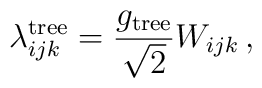
\lambda_{ijk}^{\rm tree}=\frac{g_{\rm tree}}{\sqrt{2}}W_{ijk}\, ,